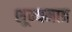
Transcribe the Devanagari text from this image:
शून्यमात्र